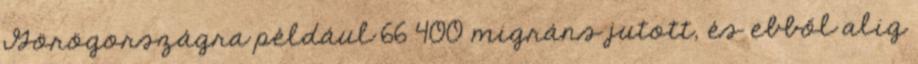
Görögországra például 66 400 migráns jutott, és ebből alig